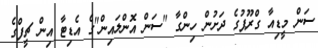
ސަން މީޑިއާ ގްރޫޕުގެ ދަށުން ހިންގާ "ސަން އޮންލައިން"ގެ އެޑިޓާ އިން ޗީފްގެ